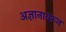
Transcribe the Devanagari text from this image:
अज्ञानावरुन